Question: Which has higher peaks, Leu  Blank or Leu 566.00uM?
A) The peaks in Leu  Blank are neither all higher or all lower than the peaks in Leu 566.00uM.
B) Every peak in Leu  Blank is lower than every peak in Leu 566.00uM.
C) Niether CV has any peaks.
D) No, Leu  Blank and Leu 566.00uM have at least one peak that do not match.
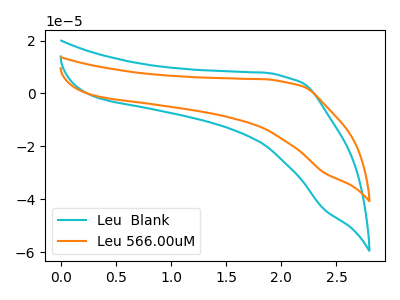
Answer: <think>The cyan curve "Leu  Blank" has no peaks. The orange curve "Leu 566.00uM" has no peaks.</think>
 <answer>C) Niether CV has any peaks.</answer>
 <eval>C</eval>